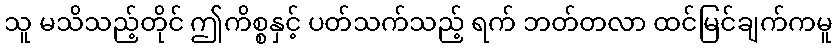
သူ မသိသည့်တိုင် ဤကိစ္စနှင့် ပတ်သက်သည့် ရက် ဘတ်တလာ ထင်မြင်ချက်ကမူ